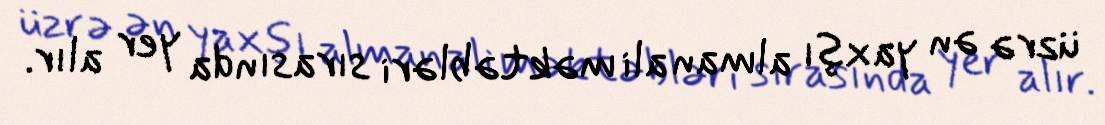
üzrə ən yaxşı alman ali məktəbləri sırasında yer alır.